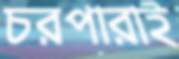
চরপারাই